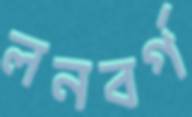
লনবর্গ